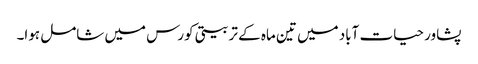
پشاور حیات آباد میں تین ماہ کے تربیتی کورس میں شامل ہوا۔